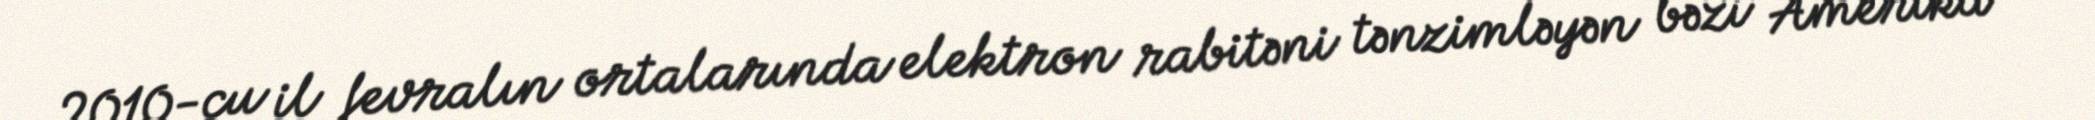
2010-cu il fevralın ortalarında elektron rabitəni tənzimləyən bəzi Amerika